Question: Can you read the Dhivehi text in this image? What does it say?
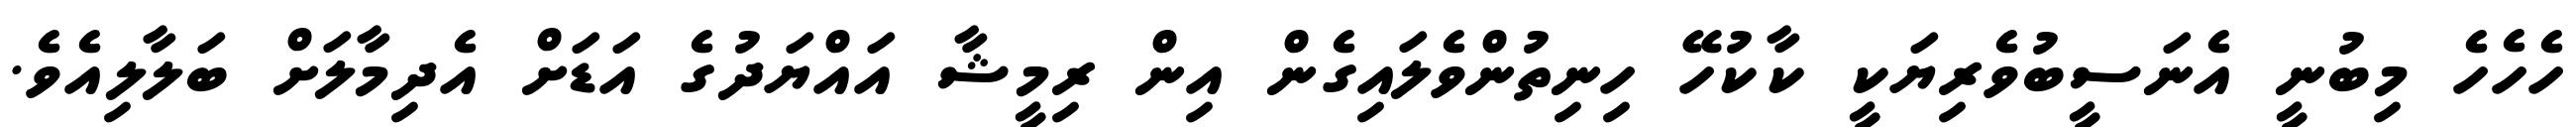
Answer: ހެހެހެ މިބުނީ އެނަސީބުވެރިޔަކީ ކާކުހޭ ހިނިތުންވެލައިގެން އިން ރިމީޝާ އައްޔަދުގެ އަޑަށް އެދިމާލަށް ބަލާލިއެވެ.